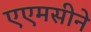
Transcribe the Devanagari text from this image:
एएमसीने